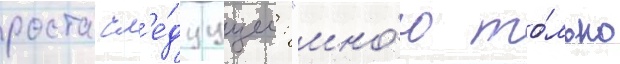
роста сл'е́дуущее: "мно́ю то́лько